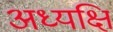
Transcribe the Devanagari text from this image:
अध्यक्षि